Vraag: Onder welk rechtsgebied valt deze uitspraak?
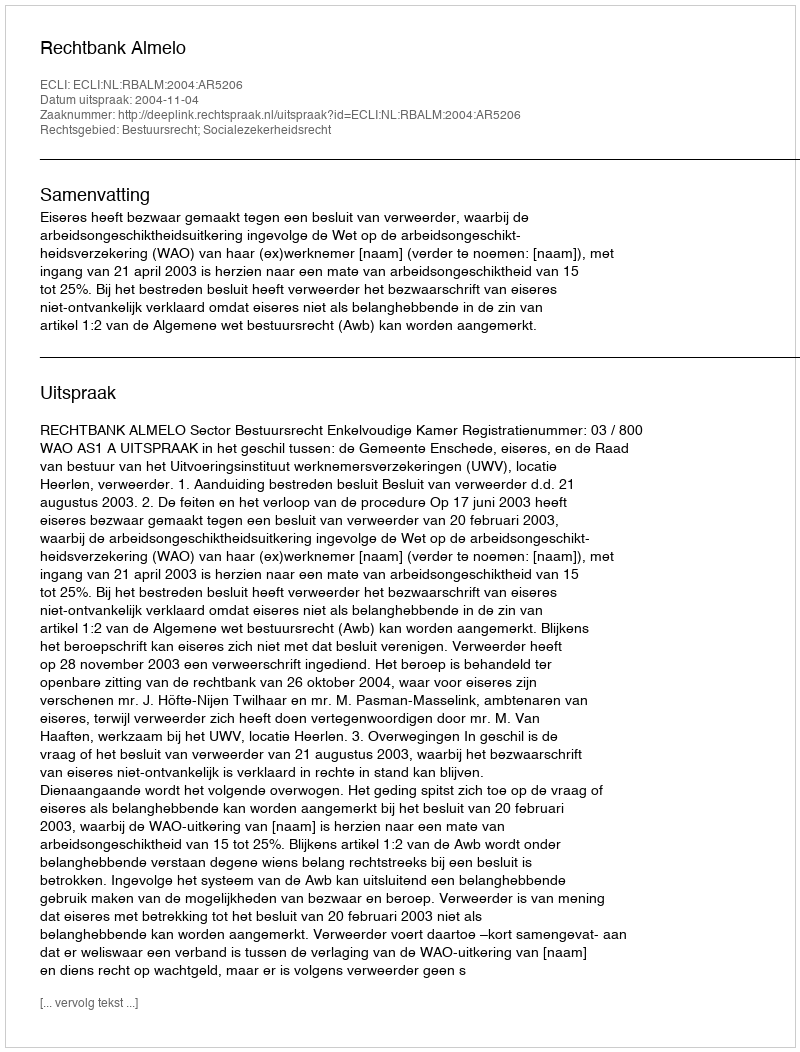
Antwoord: Bestuursrecht; Socialezekerheidsrecht